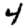
Digit: 4